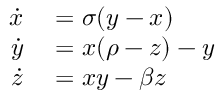
\begin{array} { r l } { \dot { x } } & { { } = \sigma ( y - x ) } \\ { \dot { y } } & { { } = x ( \rho - z ) - y } \\ { \dot { z } } & { { } = x y - \beta z } \end{array}